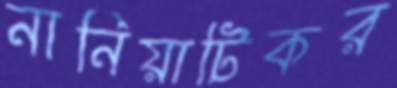
নানিয়াটিকর